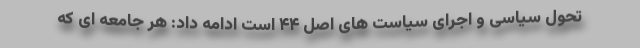
تحول سیاسی و اجرای سیاست های اصل ۴۴ است ادامه داد: هر جامعه ای که